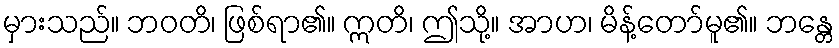
မှားသည်။ ဘဝတိ၊ ဖြစ်ရာ၏။ ဣတိ၊ ဤသို့။ အာဟ၊ မိန့်တော်မူ၏။ ဘန္တေ